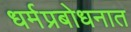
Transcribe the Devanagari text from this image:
धर्मप्रबोधनात